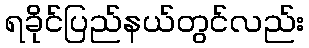
ရခိုင်ပြည်နယ်တွင်လည်း